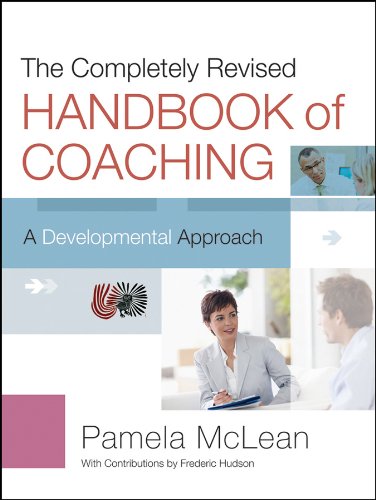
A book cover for The Completely Revised Handbook of Coaching: A Developmental Approach; Pamela McLean; Business & Money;